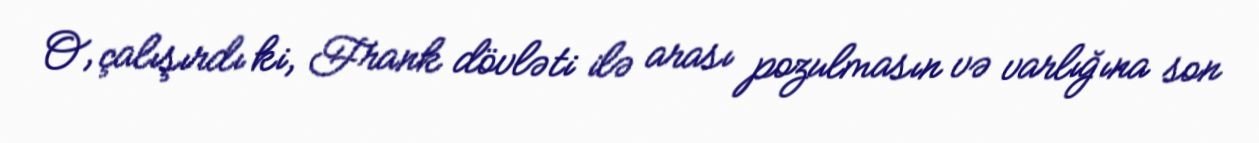
O, çalışırdı ki, Frank dövləti ilə arası pozulmasın və varlığına son